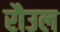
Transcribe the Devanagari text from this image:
रौउल